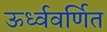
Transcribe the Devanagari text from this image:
ऊर्ध्ववर्णित